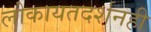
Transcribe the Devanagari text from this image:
लोकायतदर्शनही